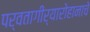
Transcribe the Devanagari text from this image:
पर्वतागीर्यारोहानाचे